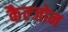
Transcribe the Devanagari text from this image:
कैल्जोन